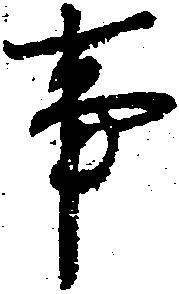
事